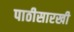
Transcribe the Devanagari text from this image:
पाठीसारखी